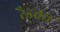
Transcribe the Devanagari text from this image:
रैड्का